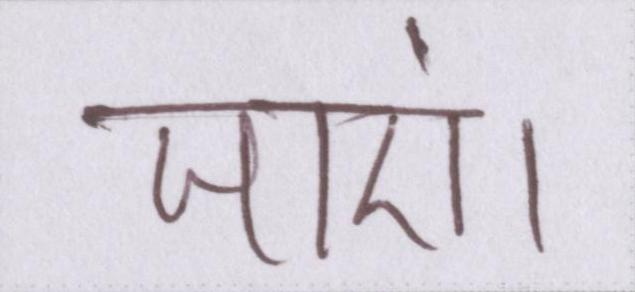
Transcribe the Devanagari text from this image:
जाएं।